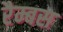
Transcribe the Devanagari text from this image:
रैम्बस